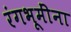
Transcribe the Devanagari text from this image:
रंगभूमींना